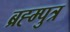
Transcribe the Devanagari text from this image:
ब्रह्म्पुत्र